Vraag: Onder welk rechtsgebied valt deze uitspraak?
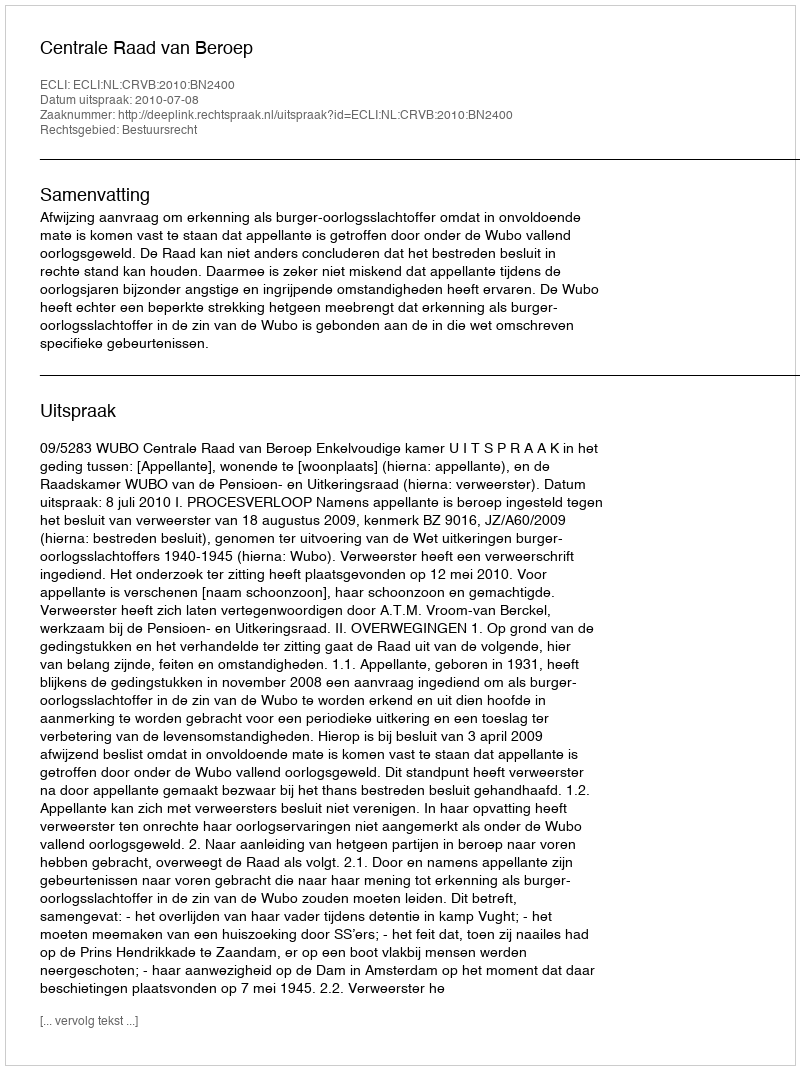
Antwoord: Bestuursrecht